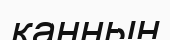
канның